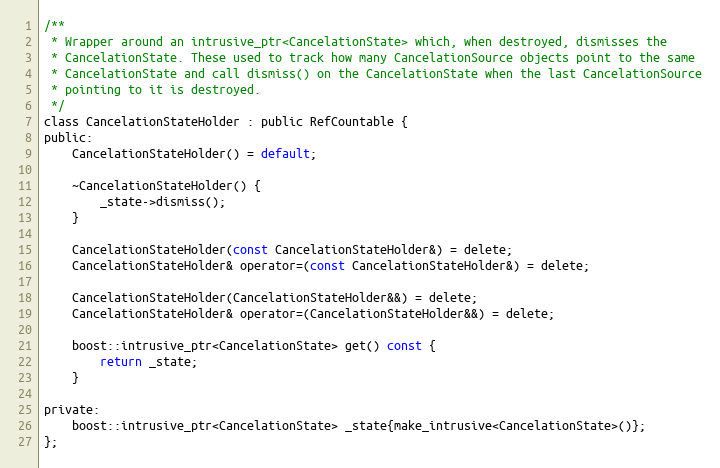
Language: C
/**
 * Wrapper around an intrusive_ptr<CancelationState> which, when destroyed, dismisses the
 * CancelationState. These used to track how many CancelationSource objects point to the same
 * CancelationState and call dismiss() on the CancelationState when the last CancelationSource
 * pointing to it is destroyed.
 */
class CancelationStateHolder : public RefCountable {
public:
    CancelationStateHolder() = default;

    ~CancelationStateHolder() {
        _state->dismiss();
    }

    CancelationStateHolder(const CancelationStateHolder&) = delete;
    CancelationStateHolder& operator=(const CancelationStateHolder&) = delete;

    CancelationStateHolder(CancelationStateHolder&&) = delete;
    CancelationStateHolder& operator=(CancelationStateHolder&&) = delete;

    boost::intrusive_ptr<CancelationState> get() const {
        return _state;
    }

private:
    boost::intrusive_ptr<CancelationState> _state{make_intrusive<CancelationState>()};
};